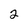
Character: 2